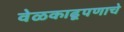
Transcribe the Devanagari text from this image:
वेळकाढूपणाचे